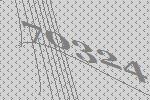
70324